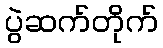
ပွဲဆက်တိုက်